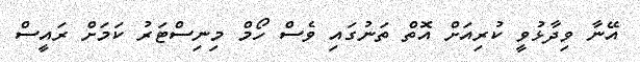
އޭނާ ވިދާޅުވީ ކުރިއަށް އޮތް ތަނުގައި ވެސް ހޯމް މިނިސްޓަރު ކަމަށް ރައީސް